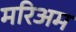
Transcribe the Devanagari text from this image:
मरिअम